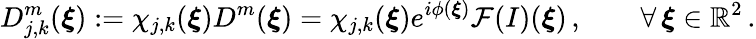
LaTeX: D_{j,k}^{m}(\boldsymbol{\xi}):=\chi_{j,k}(\boldsymbol{\xi})D^{m}(\boldsymbol{\xi})\overset{}{=}\chi_{j,k}(\boldsymbol{\xi})e^{i\phi(\boldsymbol{\xi})}\mathcal{F}(I)(\boldsymbol{\xi})\, ,\qquad\forall\, \boldsymbol{\xi}\in\mathbb{R}^{2}\, .